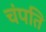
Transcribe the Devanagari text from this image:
चंपति